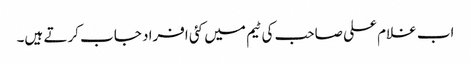
اب غلام علی صاحب کی ٹیم میں کئی افراد جاب کرتے ہیں۔